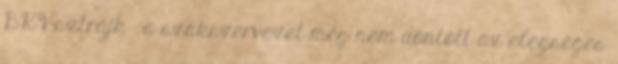
BKV-sztrájk – a szakszervezet még nem döntött az elégséges